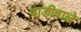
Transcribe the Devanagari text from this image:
वाडीवाले